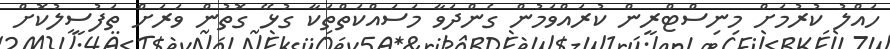
ހައްލު ކުރުމަށް މިނިސްޓްރީން ކުރައްވަމުން ގެންދަވާ މަސައްކަތްތަކާ ގުޅޭ ގޮތުން ވަރަށް ތަފުސީލުކޮށް